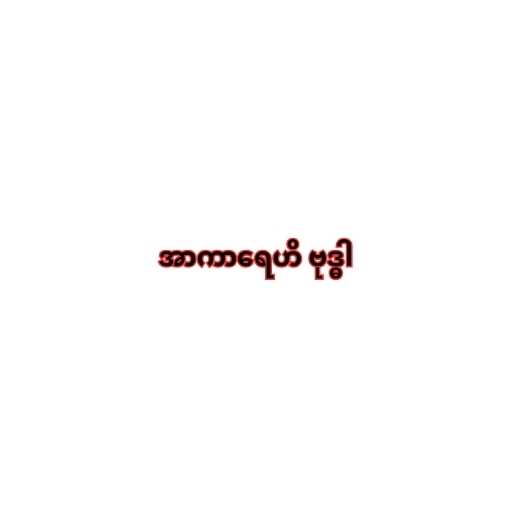
အာကာရေဟိ ဗုဒ္ဓါ